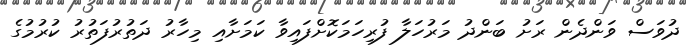
ދުވަސް ވަންދެން ރަށު ބަންދު މަރުހަލާ ފުރިހަމަކޮށްފައިވާ ކަމަށާއި މިހާރު ދަތުރުފަތުރު ކުރުމުގެ